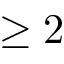
\geq 2